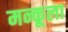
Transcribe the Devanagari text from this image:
मन्कूला